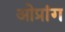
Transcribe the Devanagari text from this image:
ओप्रांग